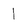
Character: 1